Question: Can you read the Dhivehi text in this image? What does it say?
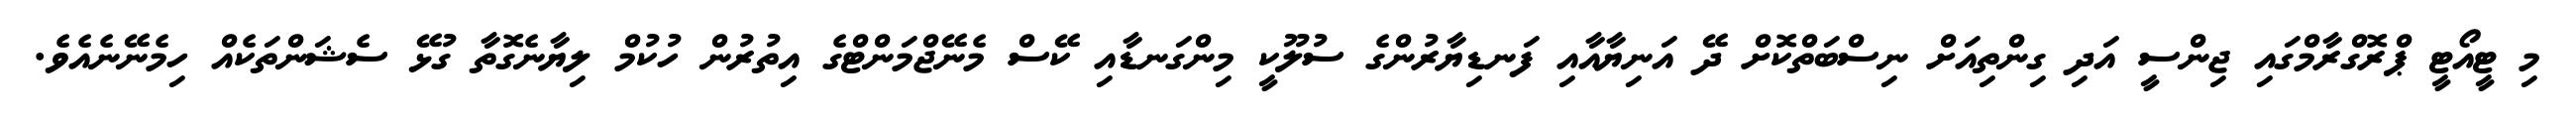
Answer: މި ޓީއޯޓީ ޕްރޮގްރާމްގައި ޖިންސީ އަދި ގިންތިއަށް ނިސްބަތްކޮށް ދޭ އަނިޔާއާއި ފަނޑިޔާރުންގެ ސުލޫކީ މިންގަނޑާއި ކޭސް މެނޭޖްމަންޓްގެ އިތުރުން ހުކުމް ލިޔާނެގޮތާ ގުޅޭ ސެޝަންތަކެއް ހިމެނޭނެއެވެ.